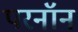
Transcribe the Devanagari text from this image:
परनॉन